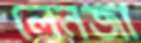
লেনজা